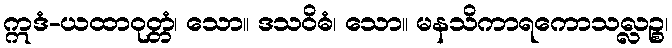
ဣဒံ-ယထာဝုတ္တံ၊ သော။ ဒသဝိဓံ၊ သော။ မနသိကာရကောသလ္လဉ္စ၊